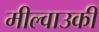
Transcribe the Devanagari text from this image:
मील्वाउकी